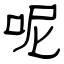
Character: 呢